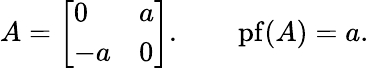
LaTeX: A={\left[\begin{array}{ll}{0}&{a}\\ {-a}&{0}\end{array}\right]}.\qquad\operatorname{pf}(A)=a.